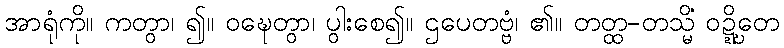
အာရုံကို။ ကတွာ၊ ၍။ ဝဍ္ဎေတွာ၊ ပွါးစေ၍။ ဌပေတဗ္ဗံ၊ ၏။ တတ္ထ-တသ္မိံ ဝဍ္ဍ္ဎိတေ